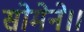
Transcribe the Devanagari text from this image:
सोमेने।।